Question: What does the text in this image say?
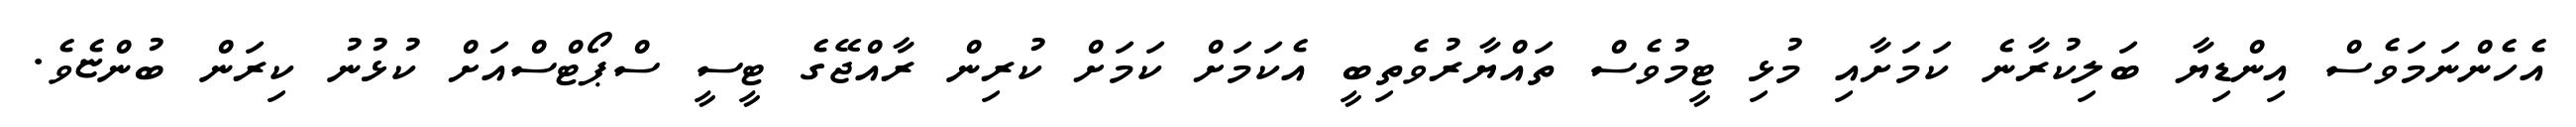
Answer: އެހެންނަމަވެސް އިންޑިޔާ ބަލިކުރާނެ ކަމަށާއި މުޅި ޓީމުވެސް ތައްޔާރުވެތިބީ އެކަމަށް ކަމަށް ކުރިން ރާއްޖޭގެ ޓީސީ ސްޕޯޓްސްއަށް ކުޅުނު ކިރަން ބުންޏެވެ.